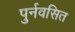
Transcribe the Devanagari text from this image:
पुर्नवसित